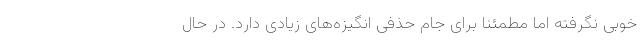
خوبی نگرفته اما مطمئنا برای جام حذفی انگیزه‌های زیادی دارد. در حال